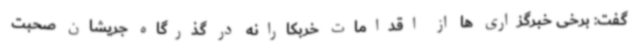
گفت: برخی خبرگزاری ها از اقدامات خربکارانه در گذرگاه جریشان صحبت